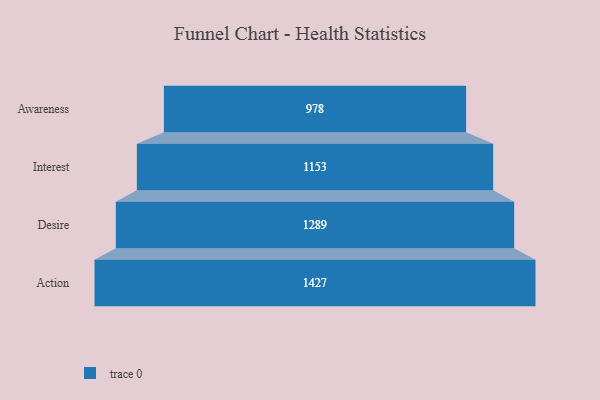
{"axis": {"x": "Stage", "y": "Value"}, "legend": [""], "data": [{"x": "Awareness", "y": 978.0, "type": ""}, {"x": "Interest", "y": 1153.0, "type": ""}, {"x": "Desire", "y": 1289.0, "type": ""}, {"x": "Action", "y": 1427.0, "type": ""}]}